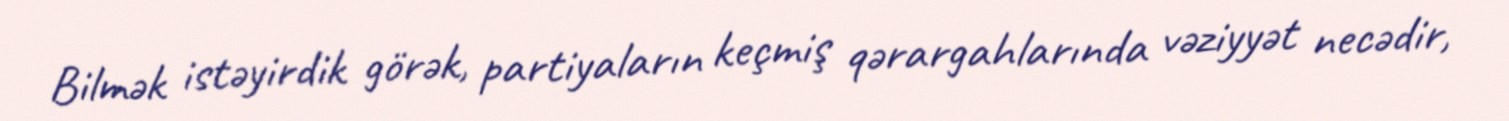
Bilmək istəyirdik görək, partiyaların keçmiş qərargahlarında vəziyyət necədir,